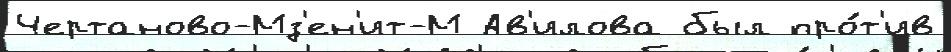
Чертаново-Мз'ен'ит-М Ав'илова был про́т'ив